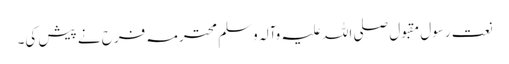
نعت رسول مقبول صلی اللہ علیہ وآلہ وسلم محترمہ فرح نے پیش کی۔